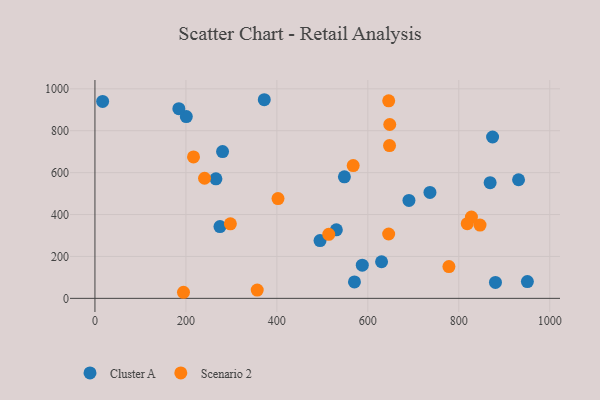
{"axis": {"x": "Ad Spend", "y": "Demand"}, "legend": ["Cluster A", "Scenario 2"], "data": [{"x": "494.9", "y": 275.6, "type": "Cluster A"}, {"x": "931.4", "y": 566.0, "type": "Cluster A"}, {"x": "274.9", "y": 342.6, "type": "Cluster A"}, {"x": "630.2", "y": 174.7, "type": "Cluster A"}, {"x": "570.6", "y": 78.4, "type": "Cluster A"}, {"x": "16.9", "y": 939.7, "type": "Cluster A"}, {"x": "548.5", "y": 580.2, "type": "Cluster A"}, {"x": "868.9", "y": 552.2, "type": "Cluster A"}, {"x": "200.9", "y": 867.8, "type": "Cluster A"}, {"x": "587.8", "y": 158.4, "type": "Cluster A"}, {"x": "280.6", "y": 700.5, "type": "Cluster A"}, {"x": "950.8", "y": 80.3, "type": "Cluster A"}, {"x": "266.0", "y": 570.5, "type": "Cluster A"}, {"x": "736.6", "y": 505.4, "type": "Cluster A"}, {"x": "184.5", "y": 905.3, "type": "Cluster A"}, {"x": "690.4", "y": 467.3, "type": "Cluster A"}, {"x": "530.8", "y": 326.9, "type": "Cluster A"}, {"x": "880.6", "y": 75.8, "type": "Cluster A"}, {"x": "874.3", "y": 770.2, "type": "Cluster A"}, {"x": "372.3", "y": 948.0, "type": "Cluster A"}, {"x": "846.7", "y": 349.8, "type": "Scenario 2"}, {"x": "194.7", "y": 29.0, "type": "Scenario 2"}, {"x": "645.8", "y": 307.2, "type": "Scenario 2"}, {"x": "827.8", "y": 388.1, "type": "Scenario 2"}, {"x": "356.8", "y": 39.5, "type": "Scenario 2"}, {"x": "567.8", "y": 633.6, "type": "Scenario 2"}, {"x": "778.3", "y": 151.6, "type": "Scenario 2"}, {"x": "645.9", "y": 942.6, "type": "Scenario 2"}, {"x": "647.7", "y": 729.1, "type": "Scenario 2"}, {"x": "648.2", "y": 829.8, "type": "Scenario 2"}, {"x": "297.8", "y": 355.6, "type": "Scenario 2"}, {"x": "402.5", "y": 476.3, "type": "Scenario 2"}, {"x": "818.6", "y": 356.6, "type": "Scenario 2"}, {"x": "241.0", "y": 573.3, "type": "Scenario 2"}, {"x": "514.1", "y": 305.7, "type": "Scenario 2"}, {"x": "216.7", "y": 675.2, "type": "Scenario 2"}]}